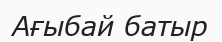
Ағыбай батыр